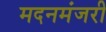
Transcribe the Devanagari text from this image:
मदनमंजरी